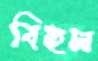
বিহল